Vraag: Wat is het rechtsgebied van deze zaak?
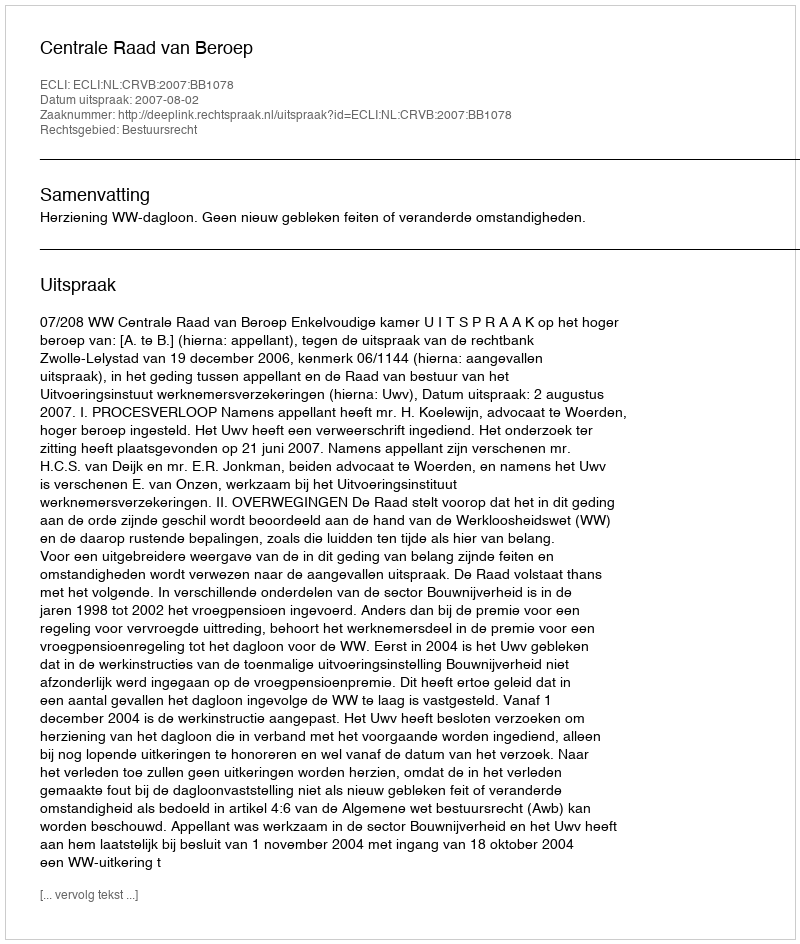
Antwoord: Bestuursrecht